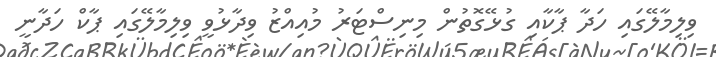
ވިލިމާލޭގައި ހަދާ ޕާކާއި ގުޅޭގޮތުން މިނިސްޓަރު މުއިއްޒު ވިދާޅުވީ ވިލިމާލޭގައި ޕާކް ހަދާނީ